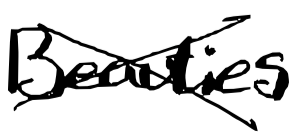
Text: Beauties
Cross-out: cross
Writing tool: digital_black